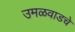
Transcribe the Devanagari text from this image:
उमळवाडचे